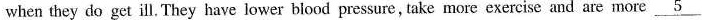
when they do get ill. They have lower blood pressure, take more exercise and are more \underline{5}